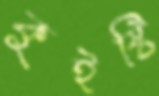
কুইষ্টি